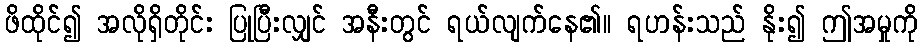
ဖိထိုင်၍ အလိုရှိတိုင်း ပြုပြီးလျှင် အနီးတွင် ရယ်လျက်နေ၏။ ရဟန်းသည် နိုး၍ ဤအမှုကို